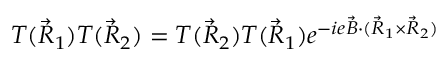
T ( \vec { R } _ { 1 } ) T ( \vec { R } _ { 2 } ) = T ( \vec { R } _ { 2 } ) T ( \vec { R } _ { 1 } ) e ^ { - i e \vec { B } \cdot ( \vec { R } _ { 1 } \times \vec { R } _ { 2 } ) }